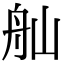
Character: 舢